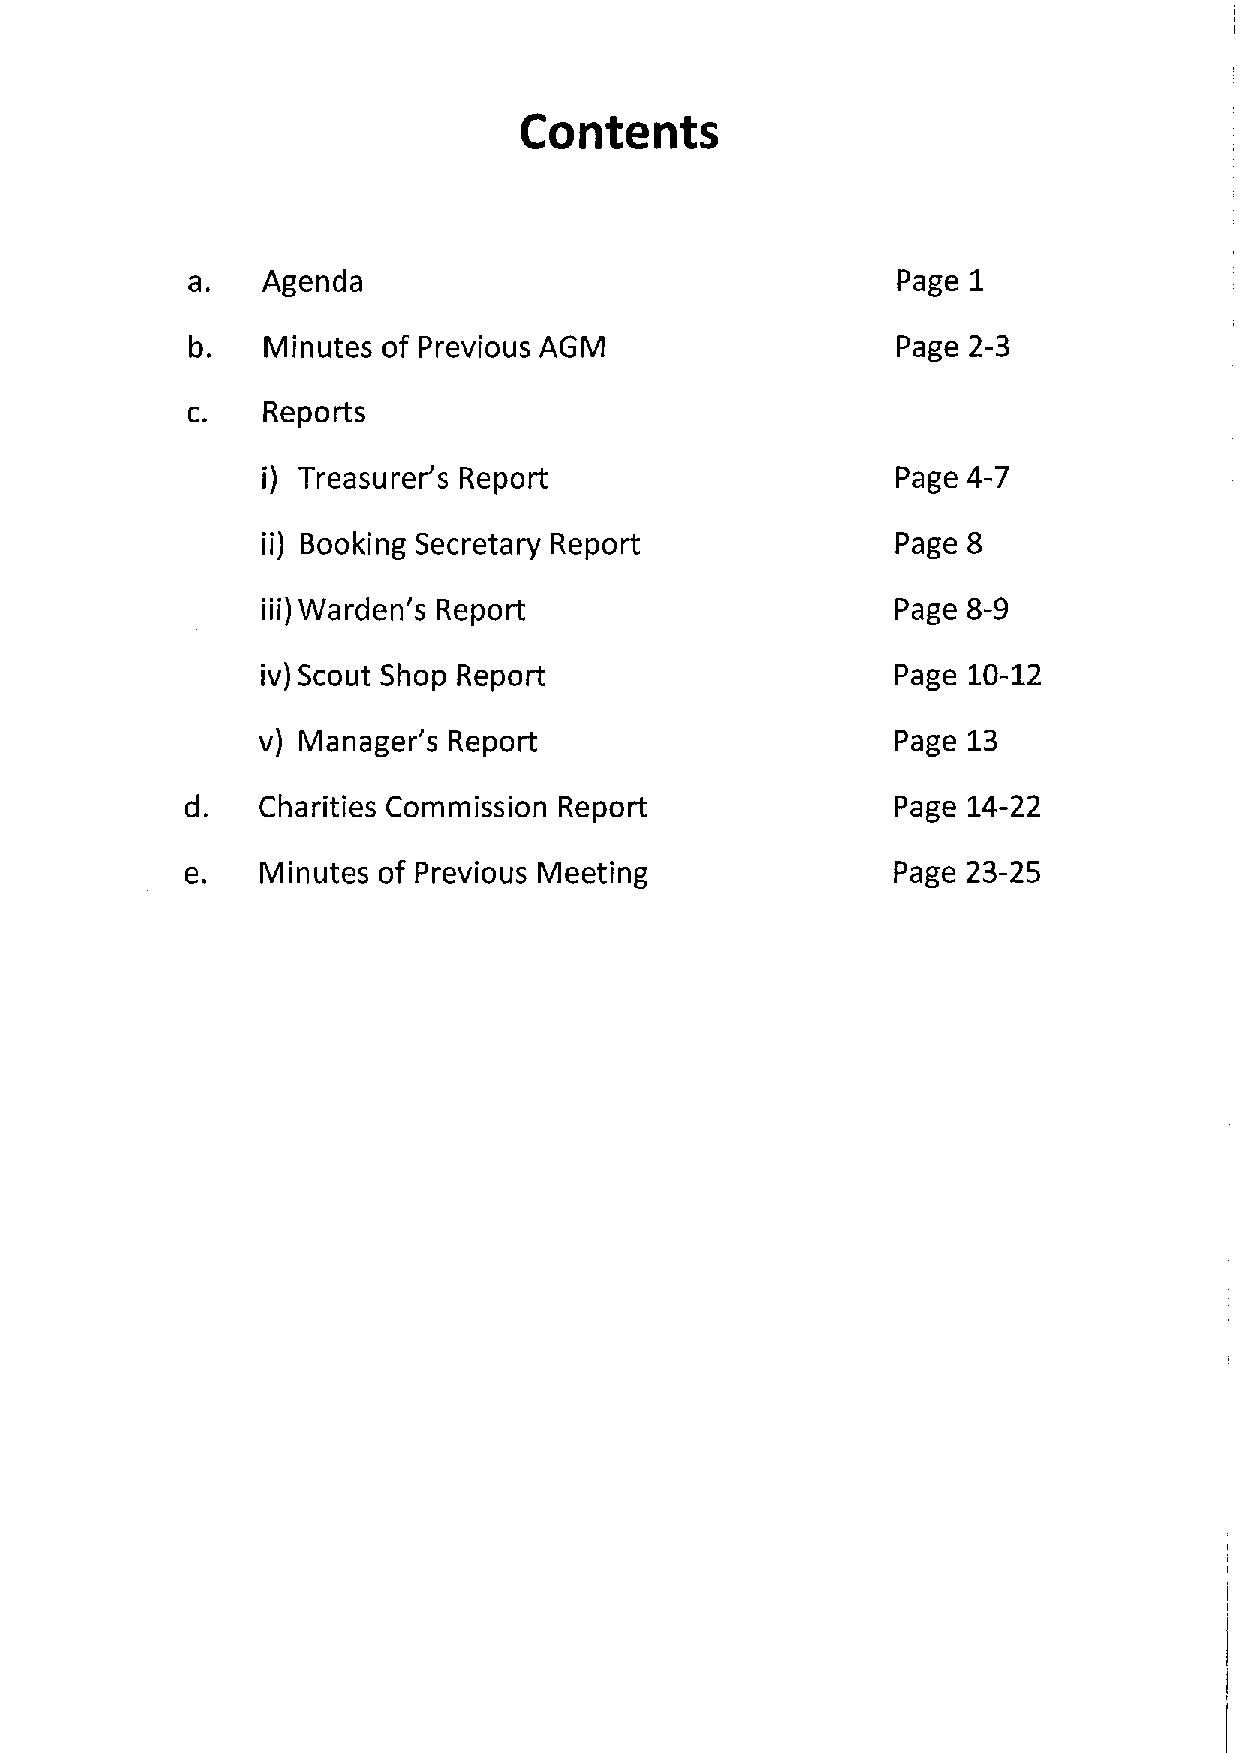
Contents
 a.   Agenda                                    Page 1
 b.  Minutes of Previous AGM                   Page 2-3
 c.   Reports
 i) Treasurer's Report                     Page 4-7
 ii) Booking Secretary Report              Page 8
 iii) Warden's Report                      Page 8-9
 iv) Scout Shop Report                     Page 10-12
 v) Manager's Report                       Page 13
 d.   Charities Commission Report               Page 14-22
 e.   Minutes of Previous Meeting               Page 23-25